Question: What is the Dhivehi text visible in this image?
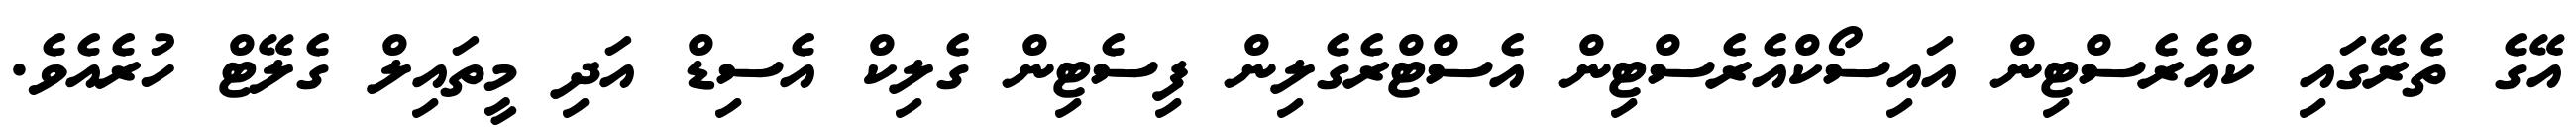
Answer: އޭގެ ތެރޭގައި ކްއެރެސްޓިން އައިސޯކްއެރެސްޓިން އެސްޓްރެގެލިން ފިސެޓިން ގެލިކް އެސިޑް އަދި މީތައިލް ގެލޭޓް ހުރެއެވެ.